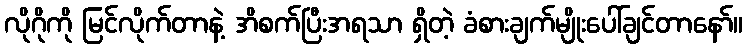
လိုဂိုကို မြင်လိုက်တာနဲ့ အိစက်ပြီးအရသာ ရှိတဲ့ ခံစားချက်မျိုးပေါ်ချင်တာနော်။